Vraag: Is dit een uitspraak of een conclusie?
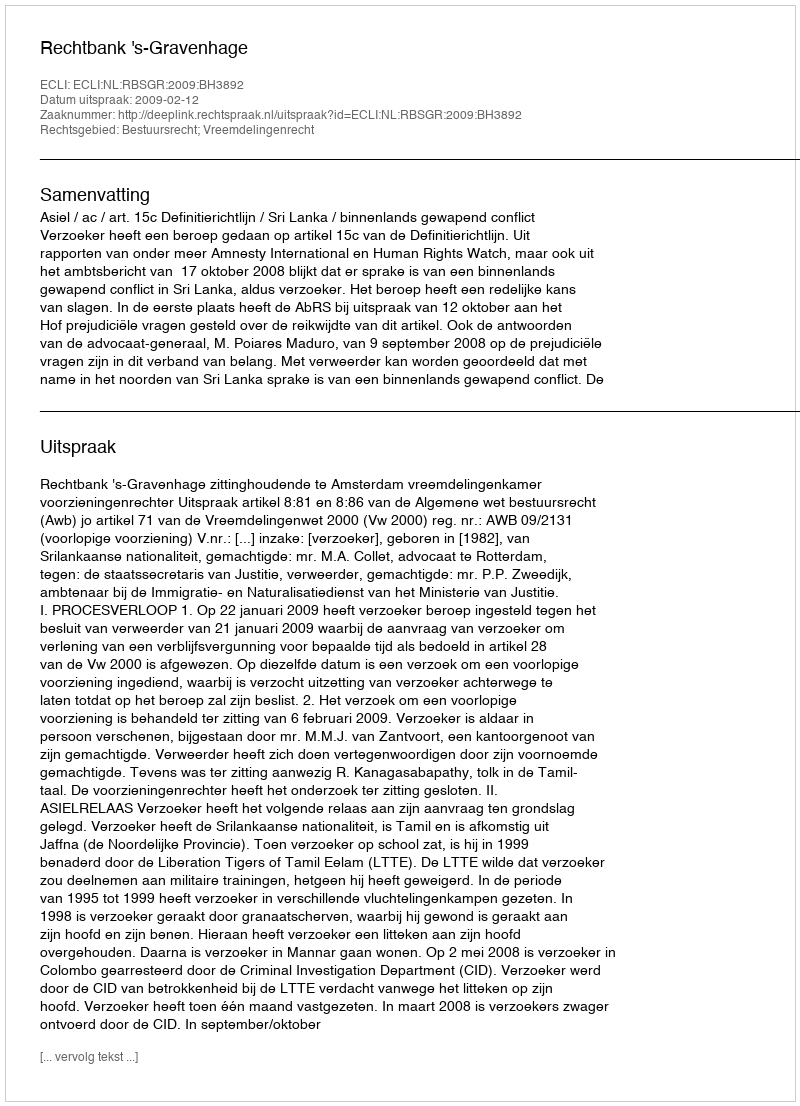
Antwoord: Uitspraak